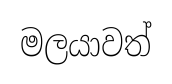
මලයාවත්